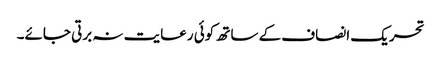
تحریک انصاف کے ساتھ کوئی رعایت نہ برتی جائے۔